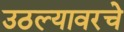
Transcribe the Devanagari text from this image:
उठल्यावरचे